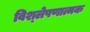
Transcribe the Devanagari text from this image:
विश्‍लेषणात्मक